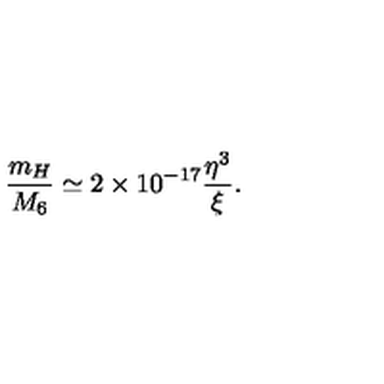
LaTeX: \frac { m _ { H } } { M _ { 6 } } \simeq 2 \times 1 0 ^ { - 1 7 } \frac { \eta ^ { 3 } } { \xi } .